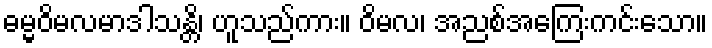
ဓမ္မဝိမလမာဒါသန္တိ၊ ဟူသည်ကား။ ဝိမလ၊ အညစ်အကြေးကင်းသော။